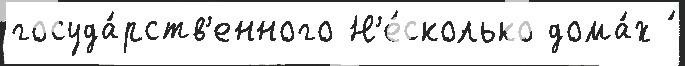
госуда́рств'енного Н'е́сколько дома́х ́